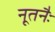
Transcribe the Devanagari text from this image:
नूतनैः